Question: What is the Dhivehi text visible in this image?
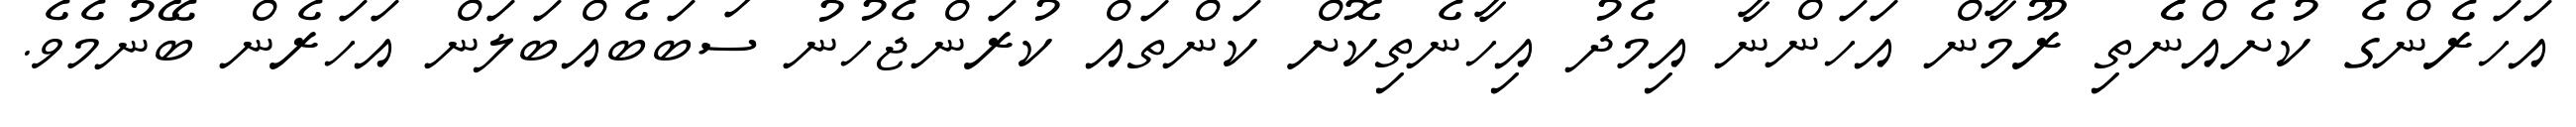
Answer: އަހަރެންގެ ކުށެއްނެެތި ރޫމާން އަހަންނާ އިމެދު އިހާނެތިކޮށް ކަންތައް ކުރަންޖެހުނު ސަބަބެއްބަލަން އަހަރެން ބޭނުމެވެ.